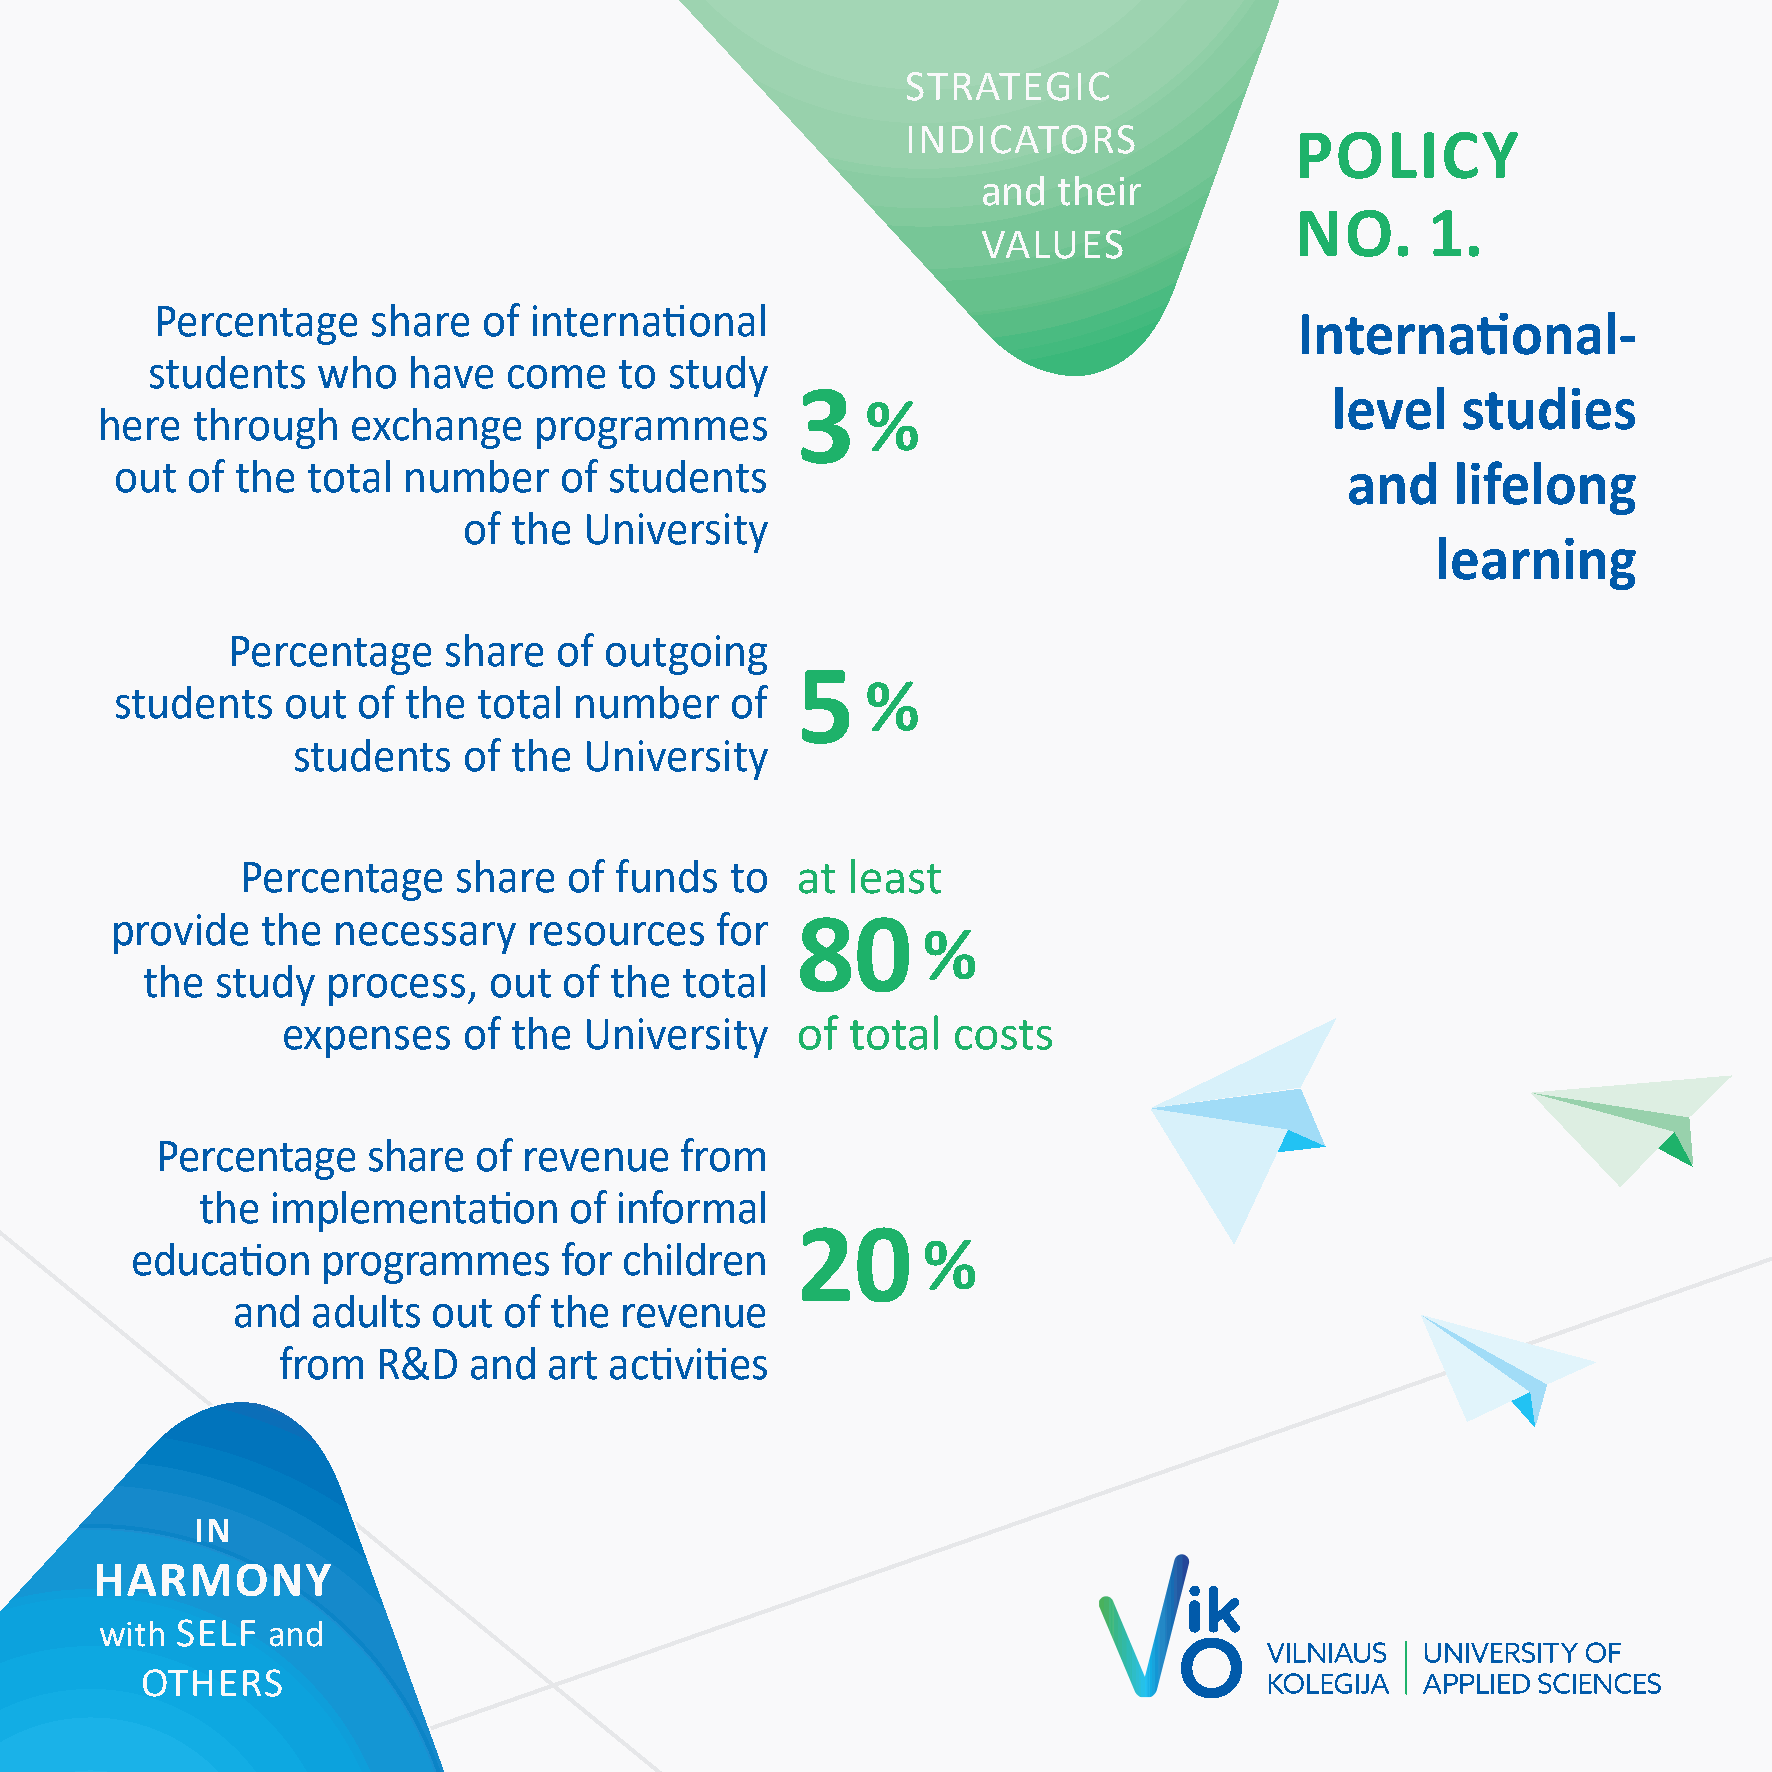
STRATEGIC
 INDICATORS
 POLICY
 and  their
 NO.      1.
 VALUES
 Percentage     share  of internati  onal
 Internati     onal-
 students   who   have   come   to study
 3                                  level    studies
 here   through   exchange    programmes            %
 out of  the total  number    of students                                         and    lifelong
 of the  University
 learning
 Percentage    share   of outgoing
 5
 students   out  of the  total number    of       %
 students    of the  University
 Percentage    share   of funds  to   at least
 provide   the  necessary    resources   for   80
 %
 the  study   process,  out  of the  total
 expenses    of the  University    of total  costs
 Percentage    share   of revenue   from
 the  implementati    on  of informal
 20
 educati on  programmes      for children            %
 and   adults  out of the  revenue
 from   R&D   and  art acti viti es
 IN
 HARMONY
 with SELF  and
 OTHERS